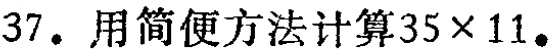
37. 用简便方法计算\(35\times11\)。